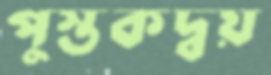
পুস্তকদ্বয়